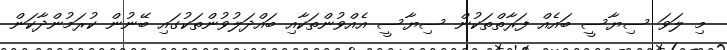
މި ލަވަ ސިޔާސީ ބައެއް ފަރާތްތަކުން ސިޔާސީ އެއްވުންތަކާއި ބައްދަލުވުންތަކުގައި ބޭނުން ކުރަމުންދާކަން